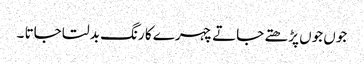
جوں جوں پڑھتے جاتے چہرے کا رنگ بدلتا جاتا ۔